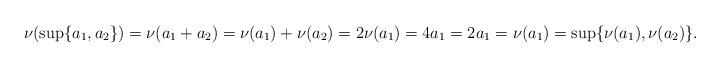
LaTeX: \begin{align*}\nu(\sup\{a_1, a_2\}) = \nu(a_1 + a_2) = \nu(a_1) + \nu(a_2)= 2\nu(a_1) =4 a_1 = 2 a_1 = \nu(a_1) = \sup \{ \nu(a_1), \nu(a_2)\}.\end{align*}